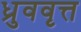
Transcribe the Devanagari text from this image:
ध्रुववृत्त